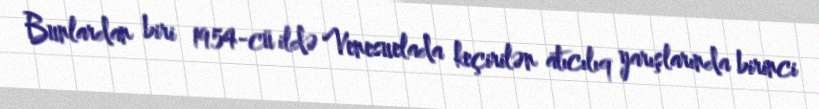
Bunlardan biri 1954-cü ildə Venesuelada keçirilən atıcılıq yarışlarında birinci